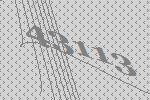
43113